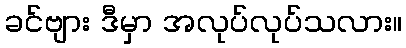
ခင်ဗျား ဒီမှာ အလုပ်လုပ်သလား။